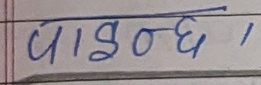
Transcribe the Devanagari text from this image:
पोषण्छा ।